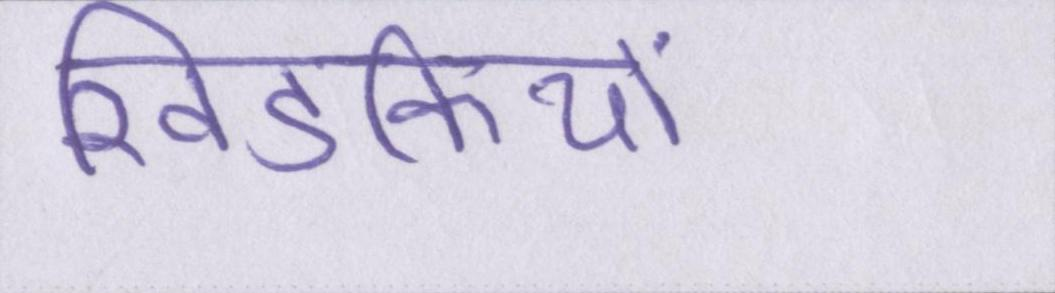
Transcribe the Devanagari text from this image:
खिडकियों